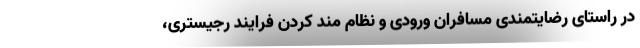
در راستای رضایتمندی مسافران ورودی و نظام مند کردن فرایند رجیستری،